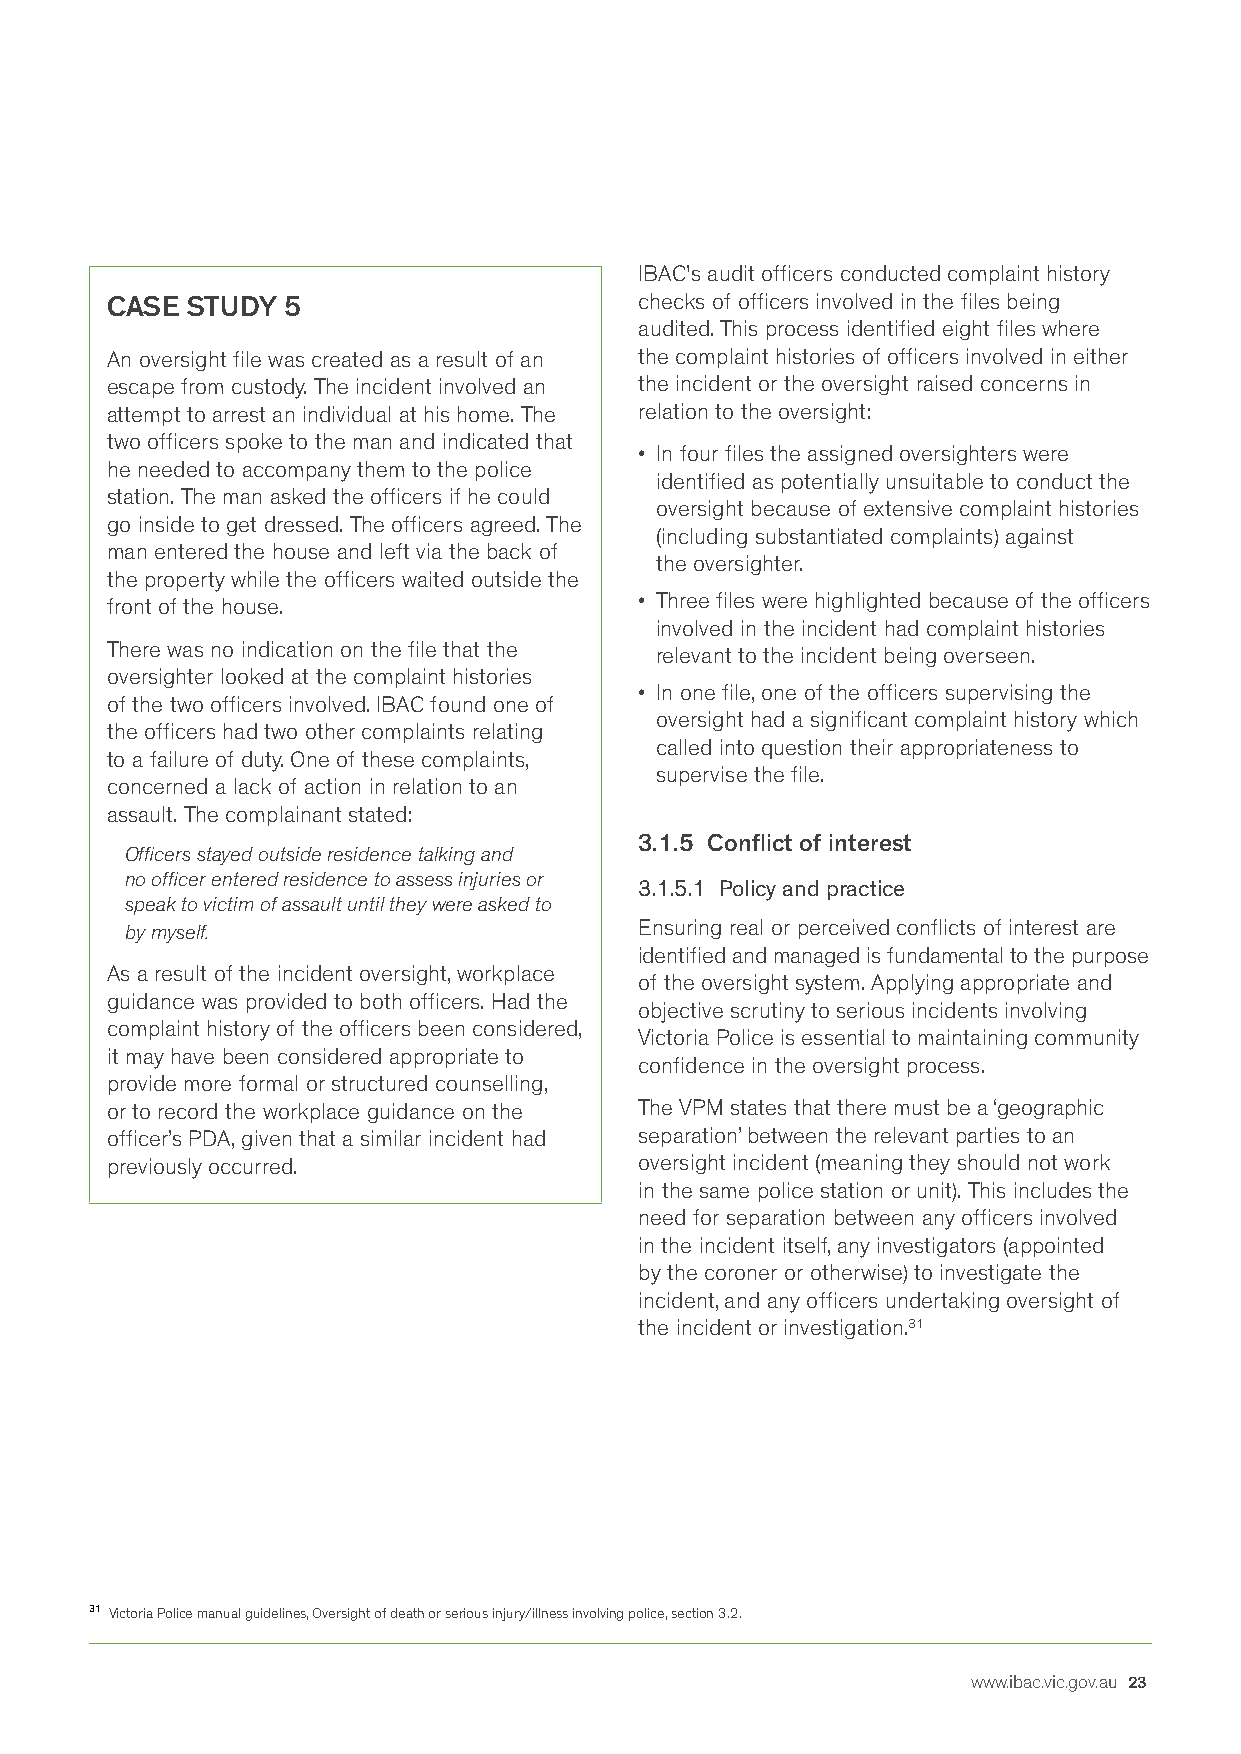
IBAC's audit officers conducted complaint history
 CASE STUDY  5                      checks of officers involved in the files being
 audited. This process identified eight files where
 An oversight file was created as a result of an the complaint histories of officers involved in either
 escape from custody. The incident involved an the incident or the oversight raised concerns in
 attempt to arrest an individual at his home. The relation to the oversight:
 two officers spoke to the man and indicated that
 • In four files the assigned oversighters were
 he needed to accompany them to the police
 identified as potentially unsuitable to conduct the
 station. The man asked the officers if he could
 oversight because of extensive complaint histories
 go inside to get dressed. The officers agreed. The
 (including substantiated complaints) against
 man entered the house and left via the back of
 the oversighter.
 the property while the officers waited outside the
 front of the house.                • Three files were highlighted because of the officers
 involved in the incident had complaint histories
 There was no indication on the file that the
 relevant to the incident being overseen.
 oversighter looked at the complaint histories
 • In one file, one of the officers supervising the
 of the two officers involved. IBAC found one of
 oversight had a significant complaint history which
 the officers had two other complaints relating
 called into question their appropriateness to
 to a failure of duty. One of these complaints,
 supervise the file.
 concerned a lack of action in relation to an
 assault. The complainant stated:
 3.1.5 Conflict of interest
 Officers stayed outside residence talking and
 no officer entered residence to assess injuries or
 3.1.5.1 Policy and practice
 speak to victim of assault until they were asked to
 by myself.                        Ensuring real or perceived conflicts of interest are
 identified and managed is fundamental to the purpose
 As a result of the incident oversight, workplace
 of the oversight system. Applying appropriate and
 guidance was provided to both officers. Had the
 objective scrutiny to serious incidents involving
 complaint history of the officers been considered,
 Victoria Police is essential to maintaining community
 it may have been considered appropriate to
 confidence in the oversight process.
 provide more formal or structured counselling,
 or to record the workplace guidance on the The VPM states that there must be a ‘geographic
 officer’s PDA, given that a similar incident had separation’ between the relevant parties to an
 previously occurred.               oversight incident (meaning they should not work
 in the same police station or unit). This includes the
 need for separation between any officers involved
 in the incident itself, any investigators (appointed
 by the coroner or otherwise) to investigate the
 incident, and any officers undertaking oversight of
 the incident or investigation.31
 31 Victoria Police manual guidelines, Oversight of death or serious injury/illness involving police, section 3.2.
 www.ibac.vic.gov.au 23